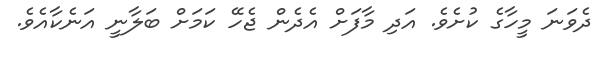
ދެވަނަ މީހާގެ ކުށެވެ. އަދި މާފަށް އެދެން ޖެހޭ ކަމަށް ބަލާނީ އަނެކާއެވެ.